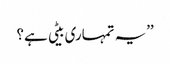
’’یہ تمہاری بیٹی ہے؟